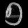
Digit: ၅